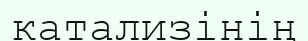
катализінің